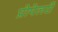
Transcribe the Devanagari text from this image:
प्रोपेलरों